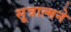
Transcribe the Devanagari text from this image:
सूत्रात्मने